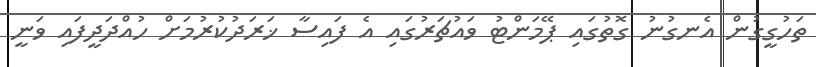
ތަހުގީގުން އެނގުނު ގޮތުގައި ޕޭމަންޓު ވައުޗަރުގައި އެ ފައިސާ ޚަރަދުކުރުމަށް ހުއްދަދީފައި ވަނީ